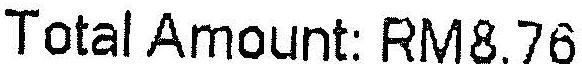
TOTAL AMOUNT: RM8.76